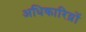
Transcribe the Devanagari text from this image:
अधिकारिय़ों